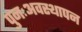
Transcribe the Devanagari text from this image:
पुनःअवस्थापन